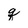
Character: q